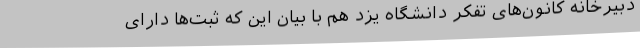
دبیرخانه کانون‌های تفکر دانشگاه یزد هم با بیان این که ثبت‌ها دارای